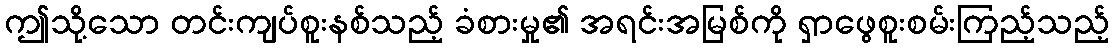
ဤသို့သော တင်းကျပ်စူးနစ်သည့် ခံစားမှု၏ အရင်းအမြစ်ကို ရှာဖွေစူးစမ်းကြည့်သည့်